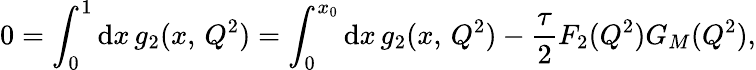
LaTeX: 0=\int_{0}^{1}\mathrm{d}x\, g_{2}(x,\, Q^{2})=\int_{0}^{x_{0}}\mathrm{d}x\, g_{2}(x,\, Q^{2})-\frac{\tau}{2}F_{2}(Q^{2})G_{M}(Q^{2}),